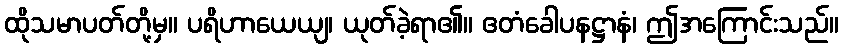
ထိုသမာပတ်တို့မှ။ ပရိဟာယေယျ၊ ယုတ်ခဲ့ရာ၏။ ဧတံခေါပနဋ္ဌာနံ၊ ဤအကြောင်းသည်။